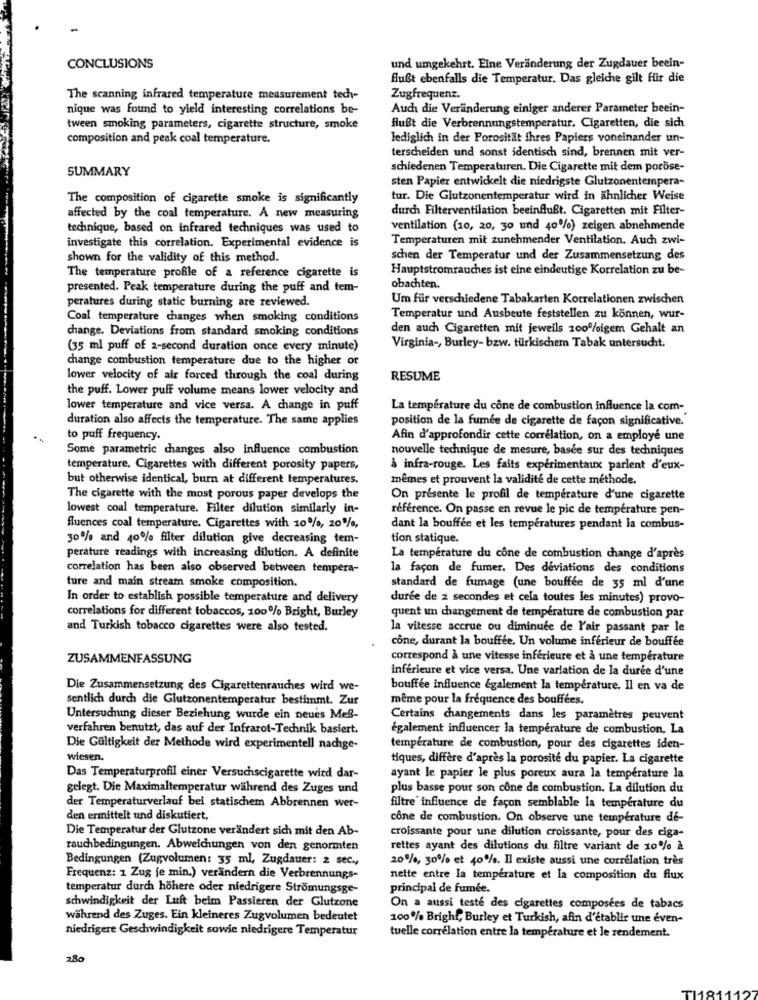
CONCLUSIONS
und umgekehrt. Eine Veränderung der Zugdauer beein-
flußt ebenfalls die Temperatur. Das gleiche gilt für die
The scanning infrared temperature measurement tech-
Zugfrequenz.
nique was found to yield interesting correlations be-
Auch die Veränderung einiger anderer Parameter beein-
tween smoking parameters, cigarette structure, smoke
flußt die Verbrennungstemperatur. Cigaretten, die sich
composition and peak coal temperature.
lediglich in der Porosität ihres Papiers voneinander un-
terscheiden und sonst identisch sind, brennen mit ver-
SUMMARY
schiedenen Temperaturen. Die Cigarette mit dem poröse-
sten Papier entwickelt die niedrigste Glutzonentempera-
The composition of cigarette smoke is significantly
tur. Die Glutzonentemperatur wird in ähnlicher Weise
durch Filterventilation beeinflußt. Cigaretten mit Filter-
affected by the coal temperature. A new measuring
technique, based on infrared techniques was used to
ventilation (10, 20, 30 und 40%) zeigen abnehmende
investigate this correlation. Experimental evidence is
Temperaturen mit zunehmender Ventilation. Auch zwi-
shown for the validity of this method.
schen der Temperatur und der Zusammensetzung des
Hauptstromrauches ist eine eindeutige Korrelation zu be-
The temperature profile of a reference cigarette is
presented. Peak temperature during the puff and tem-
obachten.
peratures during static burning are reviewed.
Um für verschiedene Tabakarten Korrelationen zwischen
Coal temperature changes when smoking conditions
Temperatur und Ausbeute feststellen zu können, wur-
change. Deviations from standard smoking conditions
den auch Cigaretten mit jeweils 100%igem Gehalt an
(35 ml puff of 2-second duration once every minute)
Virginia -, Burley- bzw. türkischem Tabak untersucht.
change combustion temperature due to the higher or
lower velocity of air forced through the coal during
RESUME
the puff. Lower puff volume means lower velocity and
lower temperature and vice versa. A change in puff
La température du cone de combustion influence la com-
duration also affects the temperature. The same applies
position de la fumée de cigarette de façon significative."
to puff frequency.
Afin d'approfondir cette corrélation, on a employé une
Some parametric changes also influence combustion
nouvelle technique de mesure, basée sur des techniques
temperature, Cigarettes with different porosity papers,
å infra-rouge. Les faits experimentaux parlent d'eux-
but otherwise identical, burn at different temperatures.
mêmes et prouvent la validité de cette méthode.
The cigarette with the most porous paper develops the
On présente le profil de température d'une cigarette
lowest coal temperature. Filter dilution similarly in-
référence. On passe en revue le pic de température pen-
fluences coal temperature. Cigarettes with 10%, 20%,
dant la bouffee et les temperatures pendant la combus-
30% and 40% filter dilution give decreasing tem-
tion statique.
perature readings with increasing dilution. A definite
La température du cone de combustion change d'après
correlation has been also observed between tempera-
la façon de fumer. Des deviations des conditions
ture and main stream smoke composition.
standard de fumage (une bouffée de 35 ml d'une
In order to establish possible temperature and delivery
durée de 2 secondes et cela toutes les minutes) provo-
correlations for different tobaccos, 100% Bright, Burley
quent un changement de température de combustion par
and Turkish tobacco cigarettes were also tested.
la vitesse accrue ou diminuee de l'air passant par le
cone, durant la bouffée. Un volume inférieur de bouffée
ZUSAMMENFASSUNG
correspond à une vitesse inférieure et à une température
inférieure et vice versa. Une varlation de la durée d'une
Die Zusammensetzung des Cigarettenrauches wird we-
bouffée influence également la température. Il en va de
sentlich durch die Glutzonentemperatur bestimmt. Zur
même pour la fréquence des bouffées.
Untersuchung dieser Beziehung wurde ein neues Meß-
Certains changements dans les paramètres peuvent
verfahren benutzt, das auf der Infrarot-Technik basiert.
également influencer la température de combustion. La
Die Gültigkeit der Methode wird experimentell nachge-
température de combustion, pour des cigarettes iden-
wiesen.
tiques, diffère d'après la porosité du papier. La cigarette
Das Temperaturprofil einer Versuchscigarette wird dar-
ayant le papier le plus poreux aura la température la
gelegt. Die Maximaltemperatur während des Zuges und
plus basse pour son cone de combustion. La dilution du
der Temperaturverlauf bei statischem Abbrennen wer-
filtre' influence de façon semblable la température du
den ermittelt und diskutiert.
cône de combustion. On observe une température de-
Die Temperatur der Glutzone verändert sich mit den Ab-
croissante pour une dilution croissante, pour des ciga-
rauchbedingungen. Abweichungen von den genormten
rettes ayant des dilutions du filtre variant de 10% à
Bedingungen (Zugvolumen: 35 ml, Zugdauer: 2 sec .,
20%, 30% et 40%. Il existe aussi une corrélation très
Frequenz: 1 Zug fe min.) verändern die Verbrennungs-
nette entre la température et la composition du flux
temperatur durch höhere oder niedrigere Strömungsge-
principal de fumée.
schwindigkeit der Luft beim Passieren der Glutzone
On a aussi testé des cigarettes composées de tabacs
während des Zuges. Ein kleineres Zugvolumen bedeutet
100% Bright, Burley et Turkish, afin d'établir une even-
niedrigere Geschwindigkeit sowie niedrigere Temperatur
tuelle corrélation entre la température et le rendement.
280